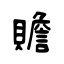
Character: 贍